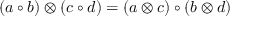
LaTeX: ( a \circ b ) \otimes ( c \circ d ) = ( a \otimes c ) \circ ( b \otimes d )